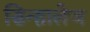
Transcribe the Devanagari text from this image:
सिन्हालेज